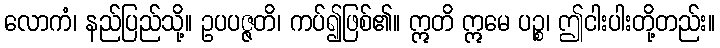
လောကံ၊ နည်ပြည်သို့။ ဥပပဇ္ဇတိ၊ ကပ်၍ဖြစ်၏။ ဣတိ ဣမေ ပဉ္စ၊ ဤငါးပါးတို့တည်း။